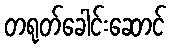
တရုတ်ခေါင်းဆောင်